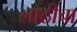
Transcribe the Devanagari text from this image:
लाठीचा